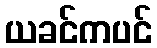
ယခင်ကပင်